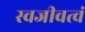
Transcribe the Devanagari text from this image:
स्वजीवत्वं